65_HS1-834228961_62-HQ-83894_Section_7
Agency: FBI
Page 118
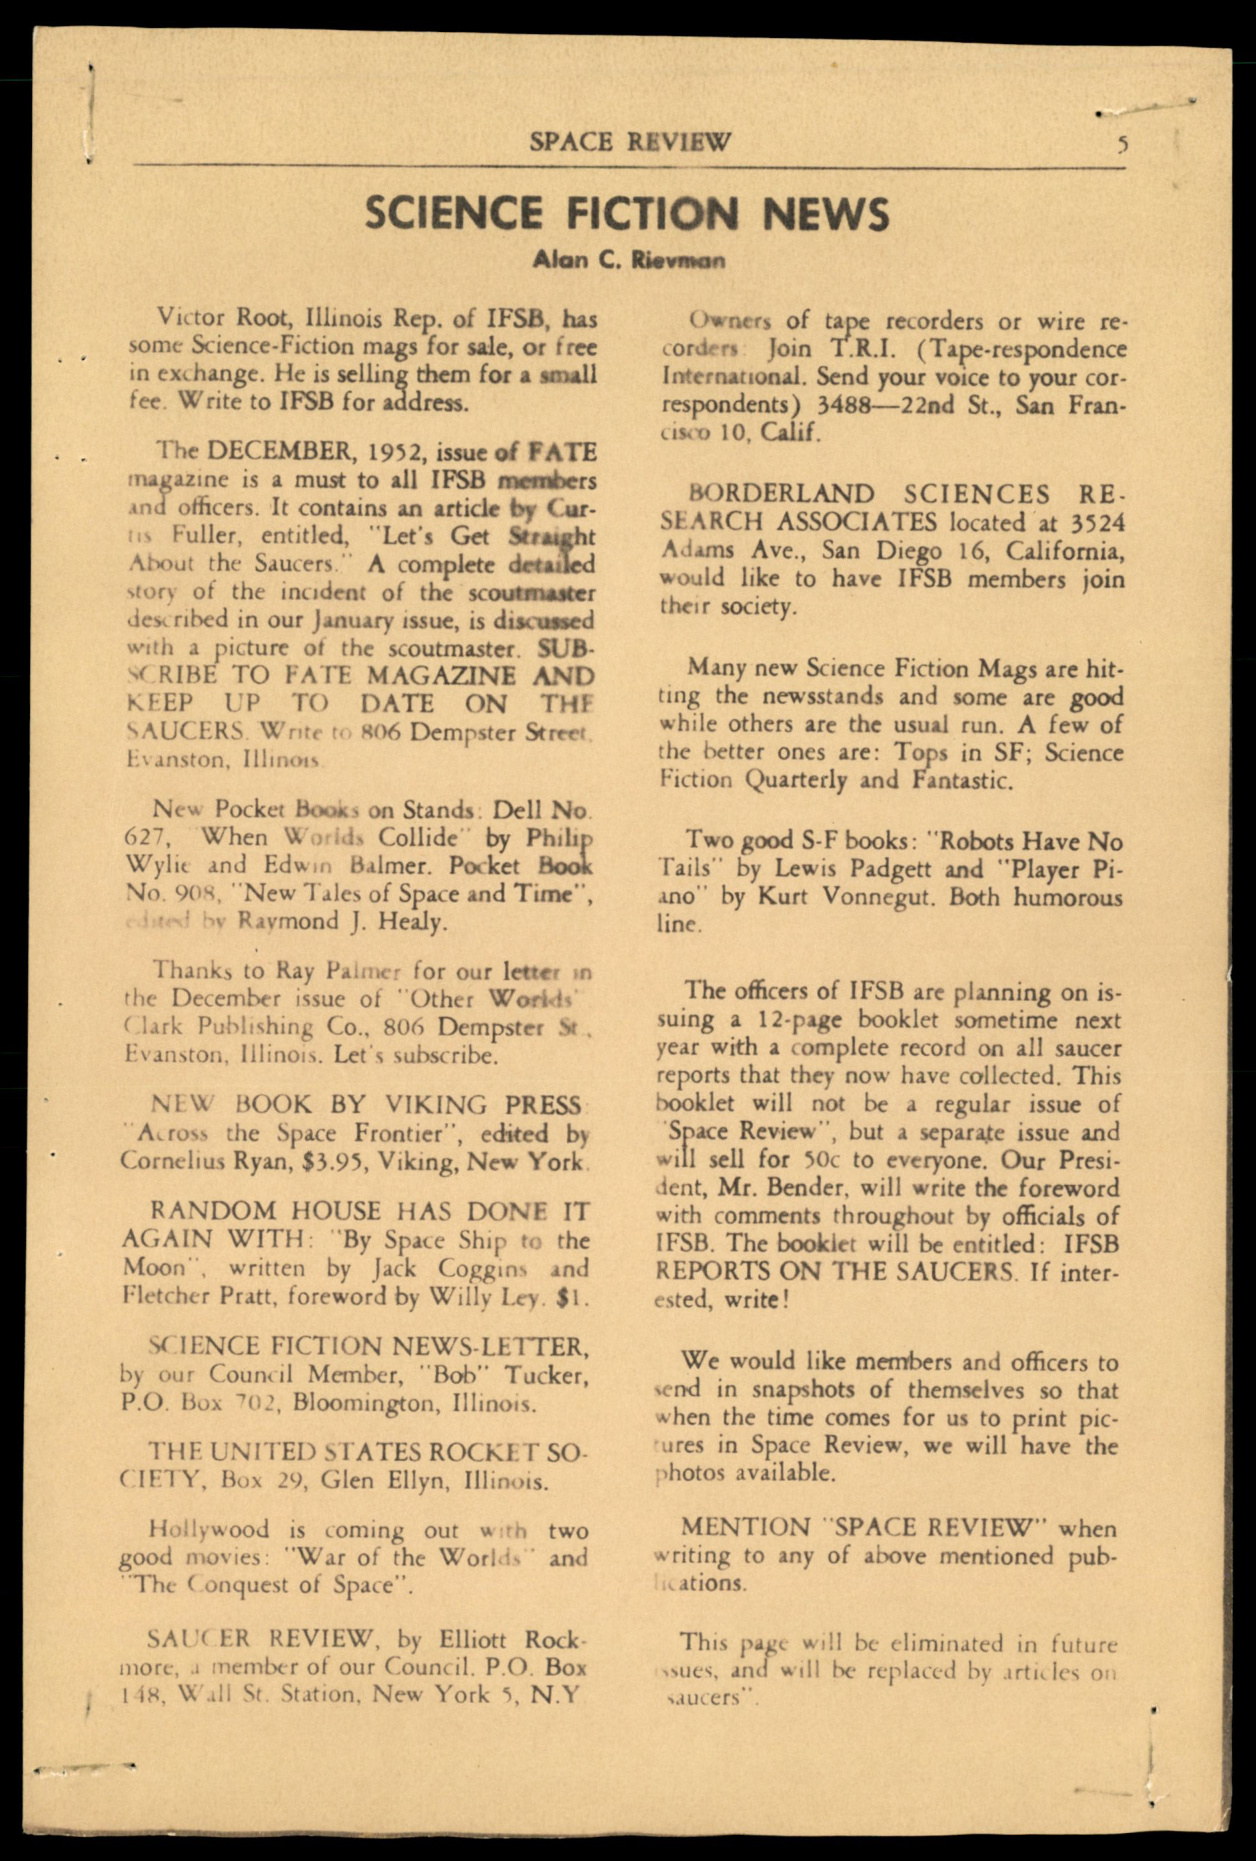